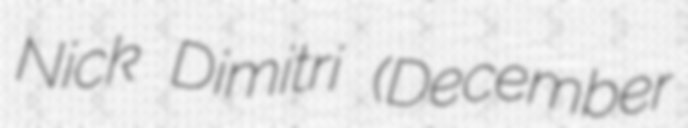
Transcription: Nick Dimitri (December